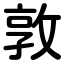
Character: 敦